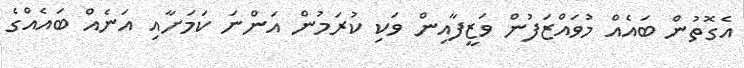
އެގޮތުން ބައެއް މުވައްޒަފުން ވަޒީފާއިން ވަކި ކުރަމުން އަންނަ ކަމަށާއި އަނެއް ބައެއްގެ